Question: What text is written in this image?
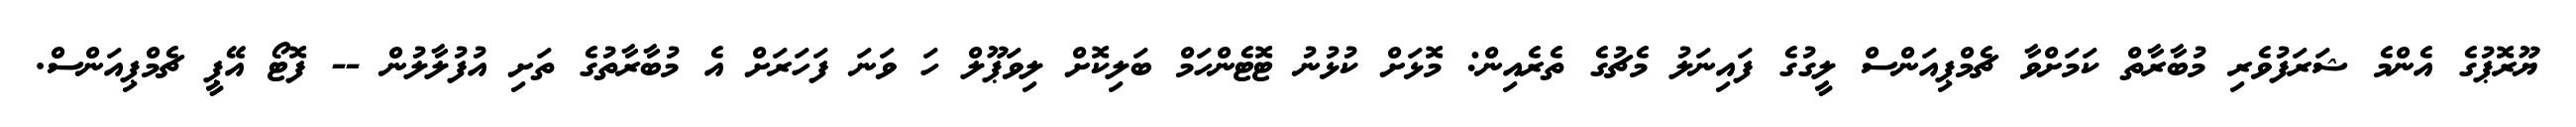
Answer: ޔޫރޮޕުގެ އެންމެ ޝަރަފުވެރި މުބާރާތް ކަމަށްވާ ޗެމްޕިއަންސް ލީގުގެ ފައިނަލު މެޗުގެ ތެރެއިން: މޮޅަށް ކުޅުނު ޓޮޓެންހަމް ބަލިކޮށް ލިވަޕޫލް ހަ ވަނަ ފަހަރަށް އެ މުބާރާތުގެ ތަށި އުފުލާލުން -- ފޮޓޯ އޭޕީ ޗެމްޕިއަންސް.